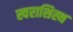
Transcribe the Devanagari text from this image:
स्वराशिस्थ